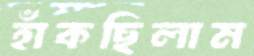
হাঁকছিলাম